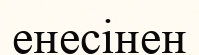
енесінен